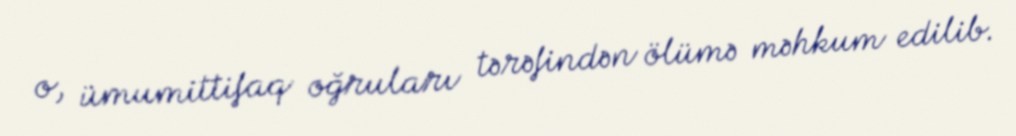
o, ümumittifaq oğruları tərəfindən ölümə məhkum edilib.